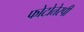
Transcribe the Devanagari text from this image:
फोटोतेरपी